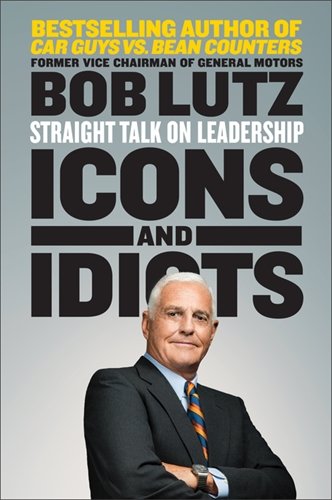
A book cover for Icons and Idiots: Straight Talk on Leadership; Bob Lutz; Business & Money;